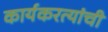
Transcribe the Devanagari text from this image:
कार्यकरत्यांची